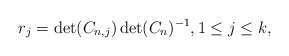
\begin{align*} r_{j}=\det (C_{n,j})\det (C_{n})^{-1}, 1\leq j\leq k,\end{align*}